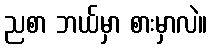
ညစာ ဘယ်မှာ စားမှာလဲ။